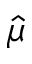
\hat { \mu }